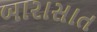
બારાસાત